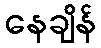
နေချိန်